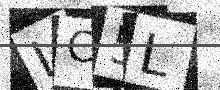
Text: LC5L